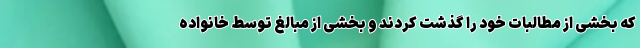
که بخشی از مطالبات خود را گذشت کردند و بخشی از مبالغ توسط خانواده